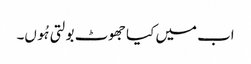
اب میں کیا جھوٹ بولتی ہُوں۔